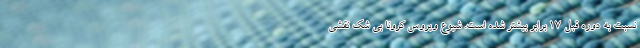
نسبت به دوره قبل ۱۷ برابر بیشتر شده است. شیوع ویروس کرونا بی شک نقشی